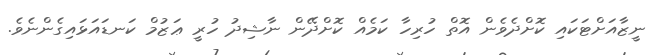
ނީޒާއަށްޓަކައި ކޮށްދެވެން އޮތް ހުރިހާ ކަމެއް ކޮށްދޭން ނާޝިދު ހުރީ ޢަޒުމް ކަނޑައަޅައިގެންނެވެ.